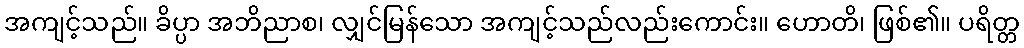
အကျင့်သည်။ ခိပ္ပာ အဘိညာစ၊ လျှင်မြန်သော အကျင့်သည်လည်းကောင်း။ ဟောတိ၊ ဖြစ်၏။ ပရိတ္တ